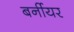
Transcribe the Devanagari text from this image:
बर्नीयर